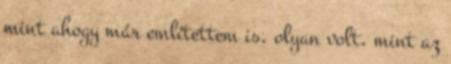
mint ahogy már említettem is, olyan volt, mint az